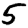
Digit: 5